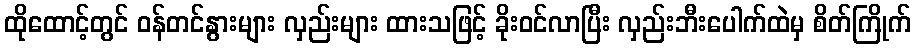
ထိုထောင့်တွင် ဝန်တင်နွားများ လှည်းများ ထားသဖြင့် ခိုးဝင်လာပြီး လှည်းဘီးပေါက်ထဲမှ စိတ်ကြိုက်